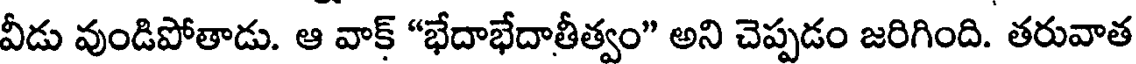
వీడు వుండిపోతాడు. ఆ వాక్ "భేదాభేదాతీత్వం" అని చెప్పడం జరిగింది. తరువాత